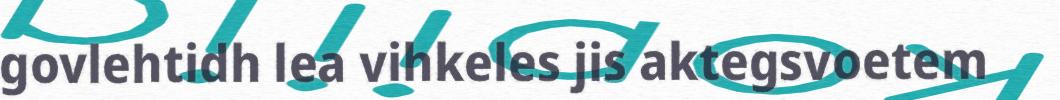
govlehtidh lea vihkeles jis aktegsvoetem